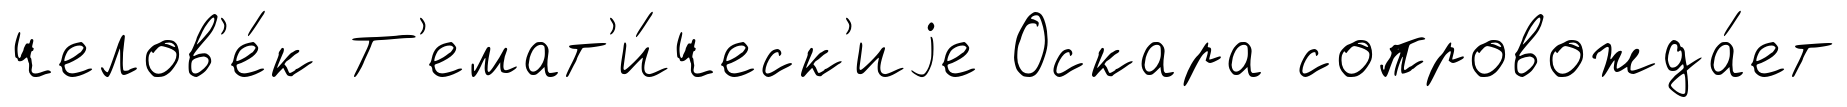
челов'е́к Т'емат'и́ческ'иjе Оскара сопровожда́ет